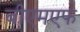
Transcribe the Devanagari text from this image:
बीएमएफ